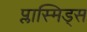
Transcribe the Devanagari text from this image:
प्लास्मिड्स